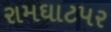
રામઘાટપર